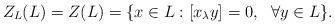
LaTeX: \begin{align*}Z_L(L)= Z(L) = \{x \in L :[x_\lambda y] = 0,~~ \forall y \in L\}.\end{align*}